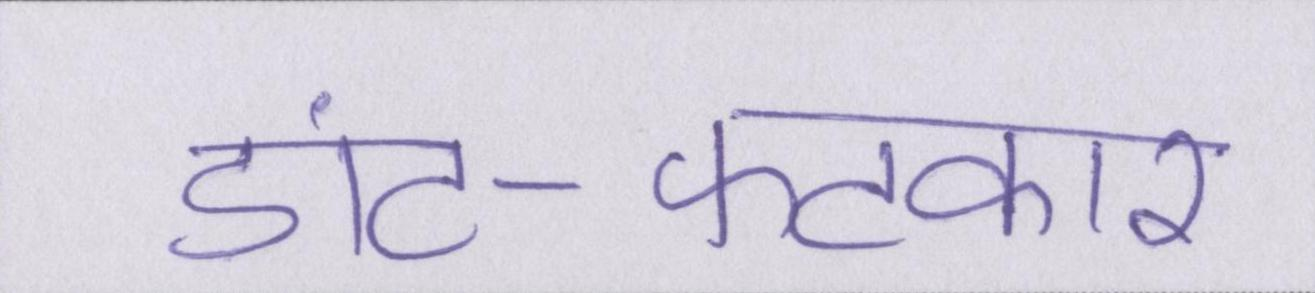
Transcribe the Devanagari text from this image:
डांट-फटकार